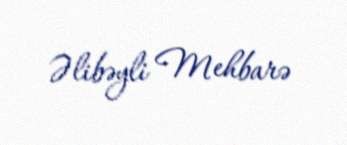
Əlibəyli Mehbarə